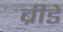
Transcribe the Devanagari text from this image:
ब्रीडे